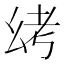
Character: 𫷟